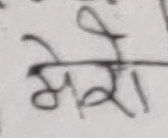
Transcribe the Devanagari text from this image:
मेरी